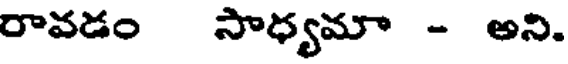
రావడం సాధ్యమా - అని.